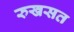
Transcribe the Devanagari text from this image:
रुखसत